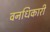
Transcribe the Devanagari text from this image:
वनधिकारी